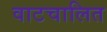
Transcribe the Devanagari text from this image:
वाटचालित